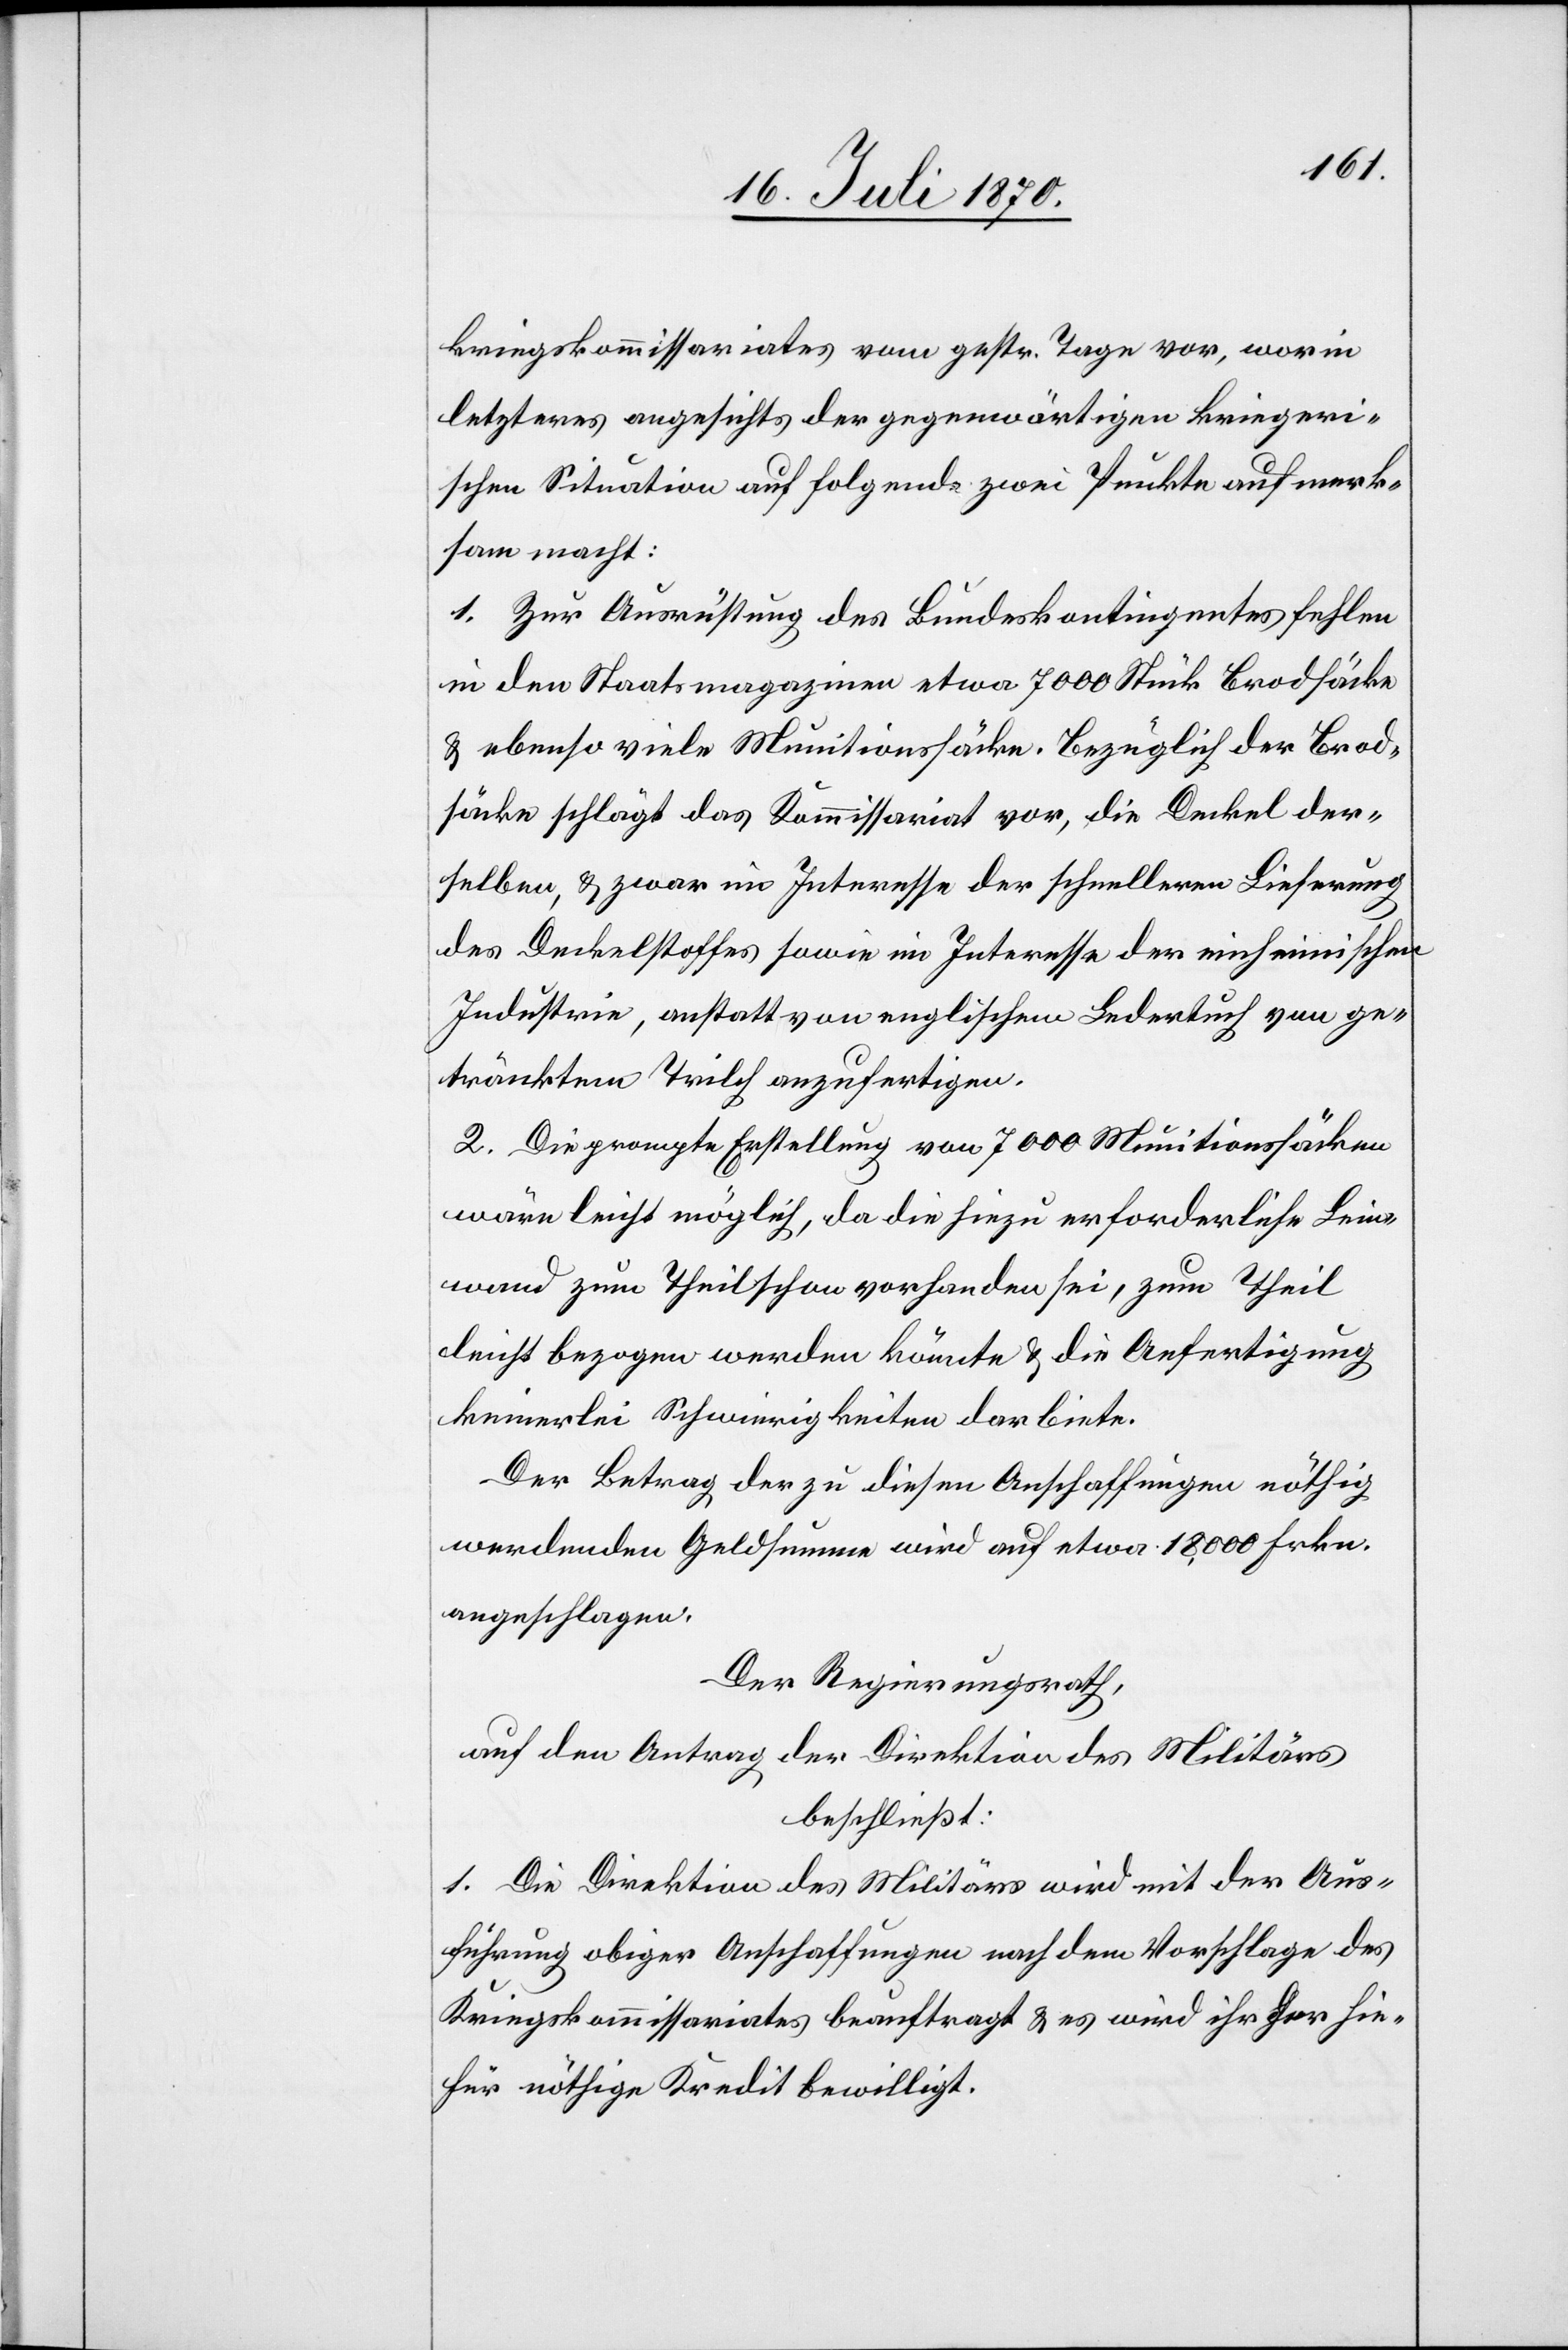
kriegskommissariates vom gestr. Tage vor, worin
letzteres angesichts der gegenwärtigen kriegeri¬
schen Situation auf folgende zwei Punkte aufmerk¬
sam macht:
1. Zur Ausrüstung des Bundeskontingentes fehlen
in den Staatsmagazinen etwa 7000 Stück Brodsäcke
& ebenso viele Munitionssäcke. Bezüglich der Brod¬
säcke schlägt das Kommisariat vor, die Deckel der¬
selben, & zwar im Interesse der schnelleren Lieferung
des Deckelstoffes sowie im Interesse der einheimischen
Industrie, anstatt von englischem Ledertuch von ge¬
tränkten [sic!] Trilch anzufertigen.
2. Die prompte Erstellung von 7000 Munitionssäcken
wäre leicht möglich, da die hiezu erforderliche Lein¬
wand zum Theil schon vorhanden sei, zum Theil
leicht bezogen werden könnte & die Anfertigung
keinerlei Schwierigkeiten darbiete.
Der Betrag der zu diesen Anschaffungen nöthig
werdenden Geldsumme wird auf etwa 18,000 Frkn.
angeschlagen.
Der Regierungsrath,
auf den Antrag der Direktion des Militärs
beschließt:
1. Die Direktion des Militärs wird mit der Aus¬
führung obiger Anschaffungen nach dem Vorschlage des
Kriegskommissariates beauftragt & es wird ihr der hie¬
für nöthige Kredit bewilligt.